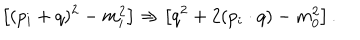
LaTeX: \left[ ( p _ { i } + q ) ^ { 2 } - m _ { i } ^ { 2 } \right] \Rightarrow \left[ q ^ { 2 } + 2 ( p _ { i } \cdot q ) - m _ { 0 } ^ { 2 } \right] .